Lunatic asylums Madras 1892-1911 - 1892-1911
Year: 1892
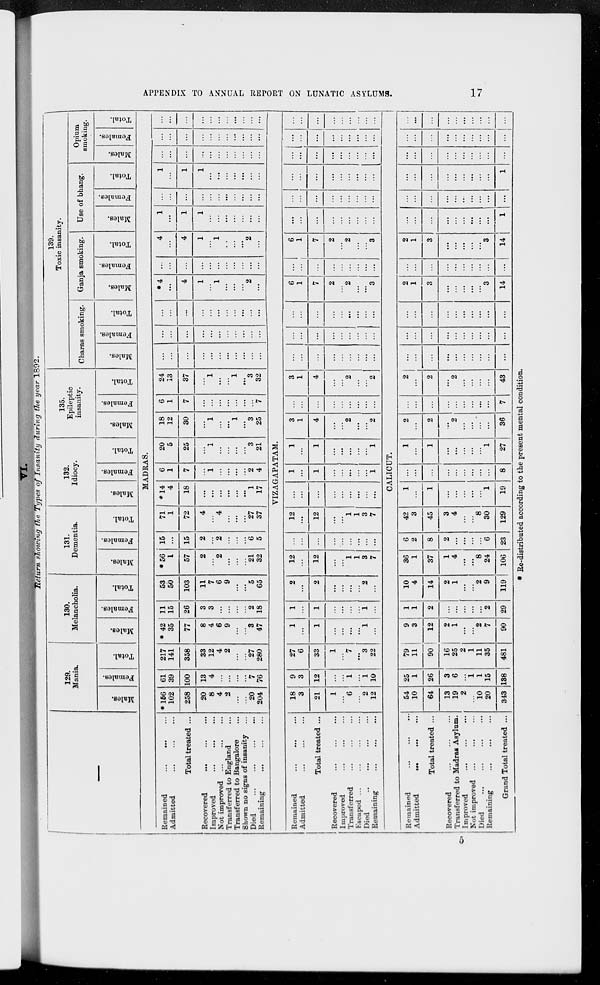
APPENDIX TO ANNUAL REPORT ON LUNATIC ASYLUMS.
17
VI.
Return showing the Types of Insanity
during the year 1892.
—
129.
Mania.
Males.
Females.
Total.
130.
Melancholia.
Males.
Females.
Total.
131.
Dementia.
Males.
Females.
Total.
132.
Idiocy.
Males.
Females.
Total.
135.
Epileptic
insanity.
Males.
Females.
Total.
139.
Toxic insanity.
Charas smoking.
Males.
Females.
Total.
Ganja smoking.
Males.
Females.
Total.
Use of bhang.
Males.
Females.
Total.
Opium
smoking.
Males.
Females.
Total.
MADRAS.
Remained
...
... ...
Admitted ... ... ...
Total treated ...
Recovered
... ... ...
Improved ... ... ...
Not improved ... ... ...
Transferred to England ...
Transferred to Bangalore ...
Shown no signs of insanity ...
Died ... ... ... ...
Remaining ... ... ...
*156
102
258
20
8
4
2
...
...
20
204
61
39
100
13
4
...
...
...
...
7
76
217
141
358
33
12
4
2
...
...
27
280
* 42
35
77
8
4
6
9
...
...
3
47
11
15
26
3
3
...
...
...
...
2
18
53
50
103
11
7
6
9
...
...
5
65
* 56
1
57
2
...
2
...
...
...
21
32
15
...
15
2
...
2
...
...
...
6
5
71
1
72
4
...
4
...
...
...
27
37
*14
4
18
...
...
...
...
...
...
1
17
6
1
7
...
1
...
...
...
...
2
4
20
5
25
...
1
...
...
...
...
3
21
18
12
30
...
1
...
...
1
...
3
25
6
1
7
...
...
...
...
...
...
...
7
24
13
37
...
1
...
...
1
...
3
32
...
...
...
...
...
...
...
...
...
...
...
...
...
...
...
...
...
...
...
...
...
...
...
...
...
...
...
...
...
...
...
...
...
* 4
...
4
1
...
1
...
...
...
2
...
...
...
...
...
...
...
...
...
...
...
...
4
...
4
1
...
1
...
...
...
2
...
1
...
1
1
...
...
...
...
...
...
...
...
...
...
...
...
...
...
...
...
...
...
1
...
1
1
...
...
...
...
...
...
...
...
...
...
...
...
...
...
...
...
...
...
...
...
...
...
...
...
...
...
...
...
...
...
...
...
...
...
...
...
...
...
...
...
VIZAGAPATAM.
Remained ... ... ...
Admitted ... ... ...
Total treated ...
Recovered
...
...
...
Improved ... ... ...
Transferred ... ... ...
Escaped ... ... ... ...
Died
...
...
...
...
Remaining
...
...
...
18
3
21
1
...
6
...
2
12
9
3
12
...
...
1
...
1
10
27
6
33
1
...
7
...
3
22
1
...
1
...
...
...
...
1
...
1
...
1
...
...
...
...
1
...
2
...
2
...
...
...
...
2
...
12
...
12
...
...
1
1
3
7
...
...
...
...
...
...
...
...
...
12
...
12
...
...
1
1
3
7
...
...
...
...
...
...
...
...
...
1
...
1
...
...
...
...
...
1
1
...
1
...
...
...
...
...
1
3
1
4
...
...
2
...
...
2
...
...
...
...
...
...
...
...
...
3
1
4
...
...
2
...
...
2
...
...
...
...
...
...
...
...
...
...
...
...
...
...
...
...
...
...
...
...
...
...
...
...
...
...
...
6
1
7
2
...
2
...
...
3
...
...
...
...
...
...
...
...
...
6
1
7
2
...
2
...
...
3
...
...
...
...
...
...
...
...
...
...
...
...
...
...
...
...
...
...
...
...
...
...
...
...
...
...
...
...
...
...
...
...
...
...
...
...
...
...
...
...
...
...
...
...
...
...
...
...
...
...
...
...
...
...
CALICUT.
Remained ... ... ...
Admitted
...
...
...
Total treated ...
Recovered ... ... ...
Transferred to Madras Asylum.
Improved ... ... ...
Not improved ... ... ...
Died
...
...
...
...
Remaining ... ... ...
Grand Total treated ...
54
10
64
13
19
2
...
10
20
343
25
1
26
3
6
...
1
1
15
138
79
11
90
16
25
2
1
11
35
481
9
3
12
2
1
...
...
2
7
90
1
1
2
...
...
...
...
...
2
29
10
4
14
2
1
...
...
2
9
119
36
1
37
1
4
...
...
8
24
106
6
2
8
2
...
...
...
...
6
23
42
3
45
3
4
...
...
8
30
129
1
...
1
...
...
...
...
...
1
19
...
...
...
...
...
...
...
...
...
8
1
...
1
...
...
...
...
...
1
27
2
...
2
...
2
...
...
...
...
36
...
...
...
...
...
...
...
...
...
7
2
...
2
...
2
...
...
...
...
43
...
...
...
...
...
...
...
...
...
...
...
...
...
...
...
...
...
...
...
...
...
...
...
...
...
...
...
...
...
...
2
1
3
...
...
...
...
...
3
14
...
...
...
...
...
...
...
...
...
...
2
1
3
...
...
...
...
...
3
14
...
...
...
...
...
...
...
...
...
1
...
...
...
...
...
...
...
...
...
...
...
...
...
...
...
...
...
...
...
1
...
...
...
...
...
...
...
...
...
...
...
...
...
...
...
...
...
...
...
...
...
...
...
...
...
...
...
...
...
...
* Re-distributed according to the present mental condition.
5